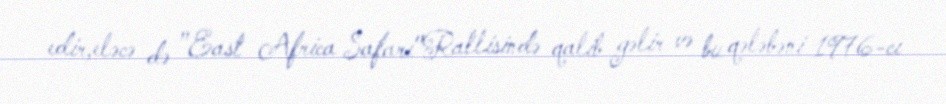
edir,eləcə də "East Africa Safari"Rallisində qalib gəlir və bu qələbəni 1976-cı